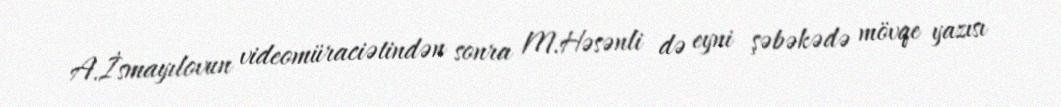
A.İsmayılovun videomüraciətindən sonra M.Həsənli də eyni şəbəkədə mövqe yazısı